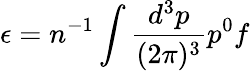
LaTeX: \epsilon=n^{-1}\int\frac{d^{3}p}{(2\pi)^{3}}p^{0}f